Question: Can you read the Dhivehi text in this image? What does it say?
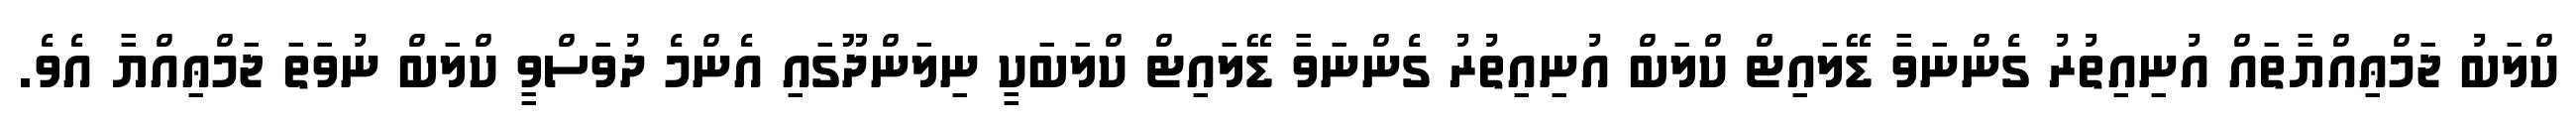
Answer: ކްލަބު ޖަމްޢިއްޔާތައް އުނިއިތުރު ގެންނަވާ ޑޭލައިޓް ކްލަބް އުނިއިތުރު ގެންނަވާ ޑޭލައިޓް ކްލަބަކީ ނިލަންދޫގައި އެންމެ ދުވަސްވީ ކްލަބް ނުވަތަ ޖަމްޢިއްޔާ އެވެ.